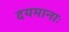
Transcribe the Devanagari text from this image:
दयमानाः